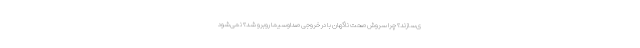
ی‌سازند؟ چرا سروش صحت ناگهان با در خروجی صداوسیما روبرو شد؟ نمی‌شود